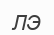
ЛЭ